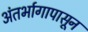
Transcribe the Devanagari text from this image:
अंतर्भागापासून